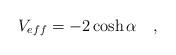
LaTeX: \begin{align*}V_{eff} = - 2 \cosh \alpha \quad ,\end{align*}